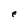
Character: e